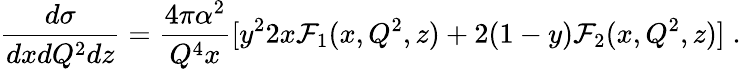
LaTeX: \frac{d\sigma}{dxdQ^{2}dz}=\frac{4\pi\alpha^{2}}{Q^{4}x}[y^{2}2x{\cal F}_{1}(x,Q^{2},z)+2(1-y){\cal F}_{2}(x,Q^{2},z)]\; .